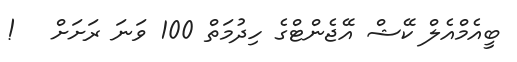
ބީއެމްއެލް ކޭޝް އޭޖެންޓްގެ ހިދުމަތް 100 ވަނަ ރަށަށް   !